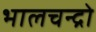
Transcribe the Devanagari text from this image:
भालचन्द्रो